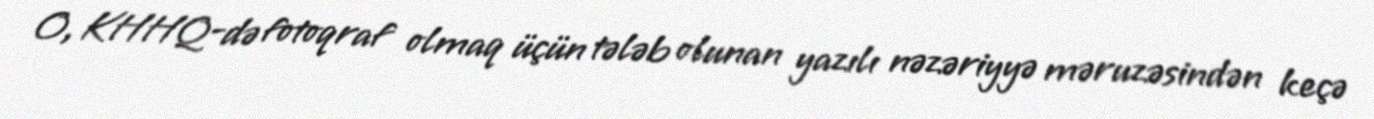
O, KHHQ-də fotoqraf olmaq üçün tələb olunan yazılı nəzəriyyə məruzəsindən keçə